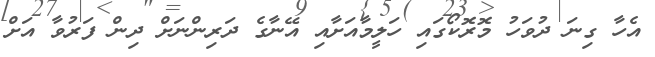
އެހާ ގިނަ ދުވަހު މޮރޮކޯގައި ހަލީމާއަށާއި އޭނާގެ ދަރިންނަށް ދިން ފަރުވާ އަށް